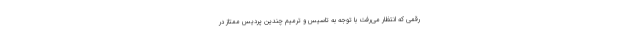
رقمی که انتظار می‌رفت با توجه به تاسیس و ترمیم چندین پردیس ممتاز در